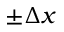
\pm \Delta x